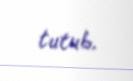
tutub.